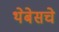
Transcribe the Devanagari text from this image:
थेबेसचे